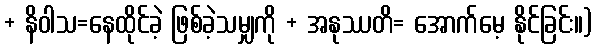
+ နိဝါသ=နေထိုင်ခဲ့ ဖြစ်ခဲ့သမျှကို + အနုဿတိ= အောက်မေ့ နိုင်ခြင်း။)